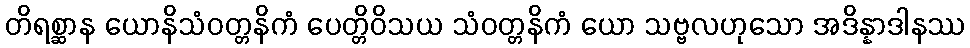
တိရစ္ဆာန ယောနိသံဝတ္တနိကံ ပေတ္တိဝိသယ သံဝတ္တနိကံ ယော သဗ္ဗလဟုသော အဒိန္နာဒါနဿ